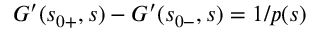
\quad G ^ { \prime } ( s _ { 0 + } , s ) - G ^ { \prime } ( s _ { 0 - } , s ) = 1 / p ( s )